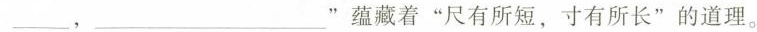
___，___ ”蕴藏着“尺有所短，寸有所长”的道理。